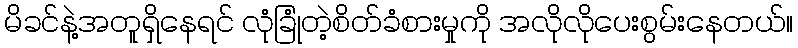
မိခင်နဲ့အတူရှိနေရင် လုံခြုံတဲ့စိတ်ခံစားမှုကို အလိုလိုပေးစွမ်းနေတယ်။